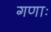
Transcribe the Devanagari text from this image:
गणाः